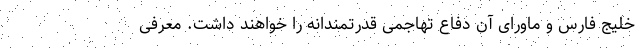
خلیج فارس و ماورای آن دفاع تهاجمی قدرتمندانه را خواهند داشت. معرفی